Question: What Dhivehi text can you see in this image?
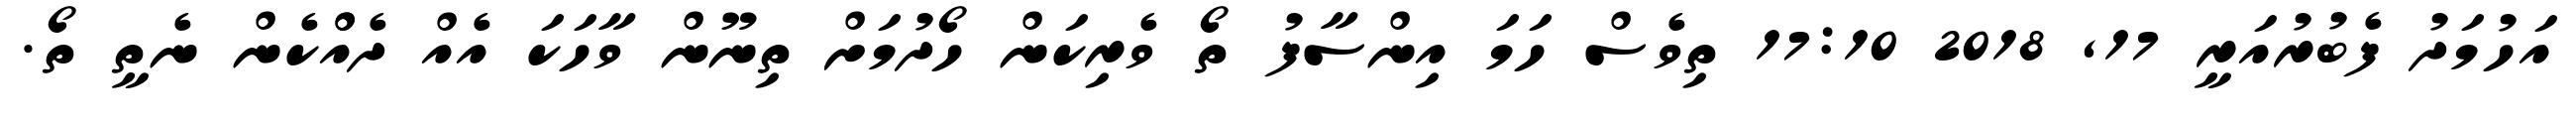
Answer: އަހުމަދު ފެބުރުއަރީ 17, 2018 17:10 ތިވެސް ހަމަ އިންސާފު ތޯ ވެރިކަން ހޯދުމަށް ތިނޫން ވާހަކަ އެއް ދެއްްކެން ނެތީ ތޯ.